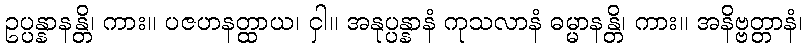
ဥပ္ပန္နာနန္တိ၊ ကား။ ပဇဟနတ္ထာယ၊ ငှါ။ အနုပ္ပန္နာနံ ကုသလာနံ ဓမ္မာနန္တိ၊ ကား။ အနိဗ္ဗတ္တာနံ၊